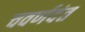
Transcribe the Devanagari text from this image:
चवर्णदंत